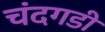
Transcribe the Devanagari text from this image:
चंंदगडी